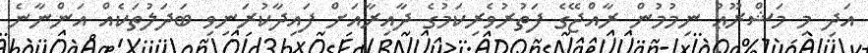
އަދި މި މަޝްރޫޢު ނިމުމުން ރާއްޖޭގެ ފަތުރުވެރިކަމުގެ ދާއިރާއަށް ފައިދާކުރަނިވި ބަދަލުތަކެއް އަންނާނެ